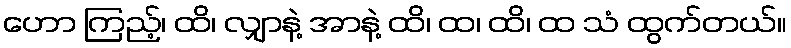
ဟော ကြည့်၊ ထိ၊ လျှာနဲ့ အာနဲ့ ထိ၊ ထ၊ ထိ၊ ထ သံ ထွက်တယ်။